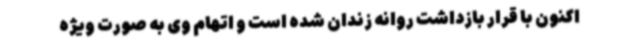
اکنون با قرار بازداشت روانه زندان شده است و اتهام وی به صورت ویژه